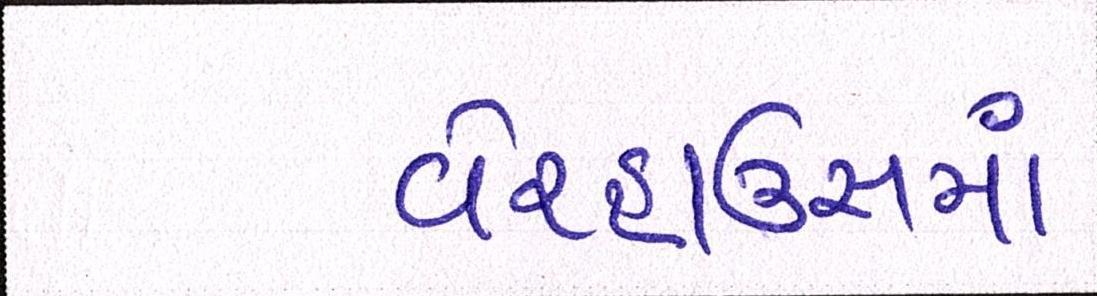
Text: વેરહાઉસમાં